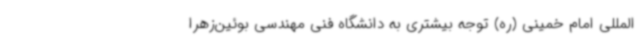
المللی امام خمینی (ره) توجه بیشتری به دانشگاه فنی مهندسی بوئین‌زهرا